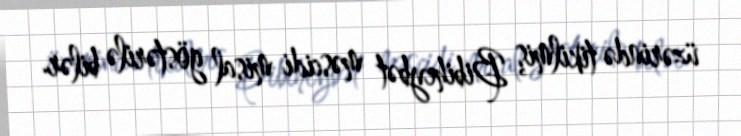
üzərində tikilmiş Bibiheybət məscidi misal göstərilə bilər.